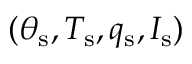
( \theta _ { \mathrm { s } } , T _ { \mathrm { s } } , q _ { \mathrm { s } } , I _ { \mathrm { s } } )